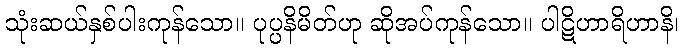
သုံးဆယ်နှစ်ပါးကုန်သော။ ပုပ္ပနိမိတ်ဟု ဆိုအပ်ကုန်သော။ ပါဋိဟာရိဟာနိ၊